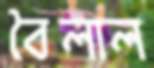
বৈলাল